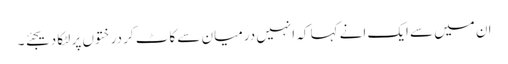
ان میں سے ایک انے کہا کہ انہیں درمیان سے کاٹ کر درختوں پر لٹکا دیجئے ۔